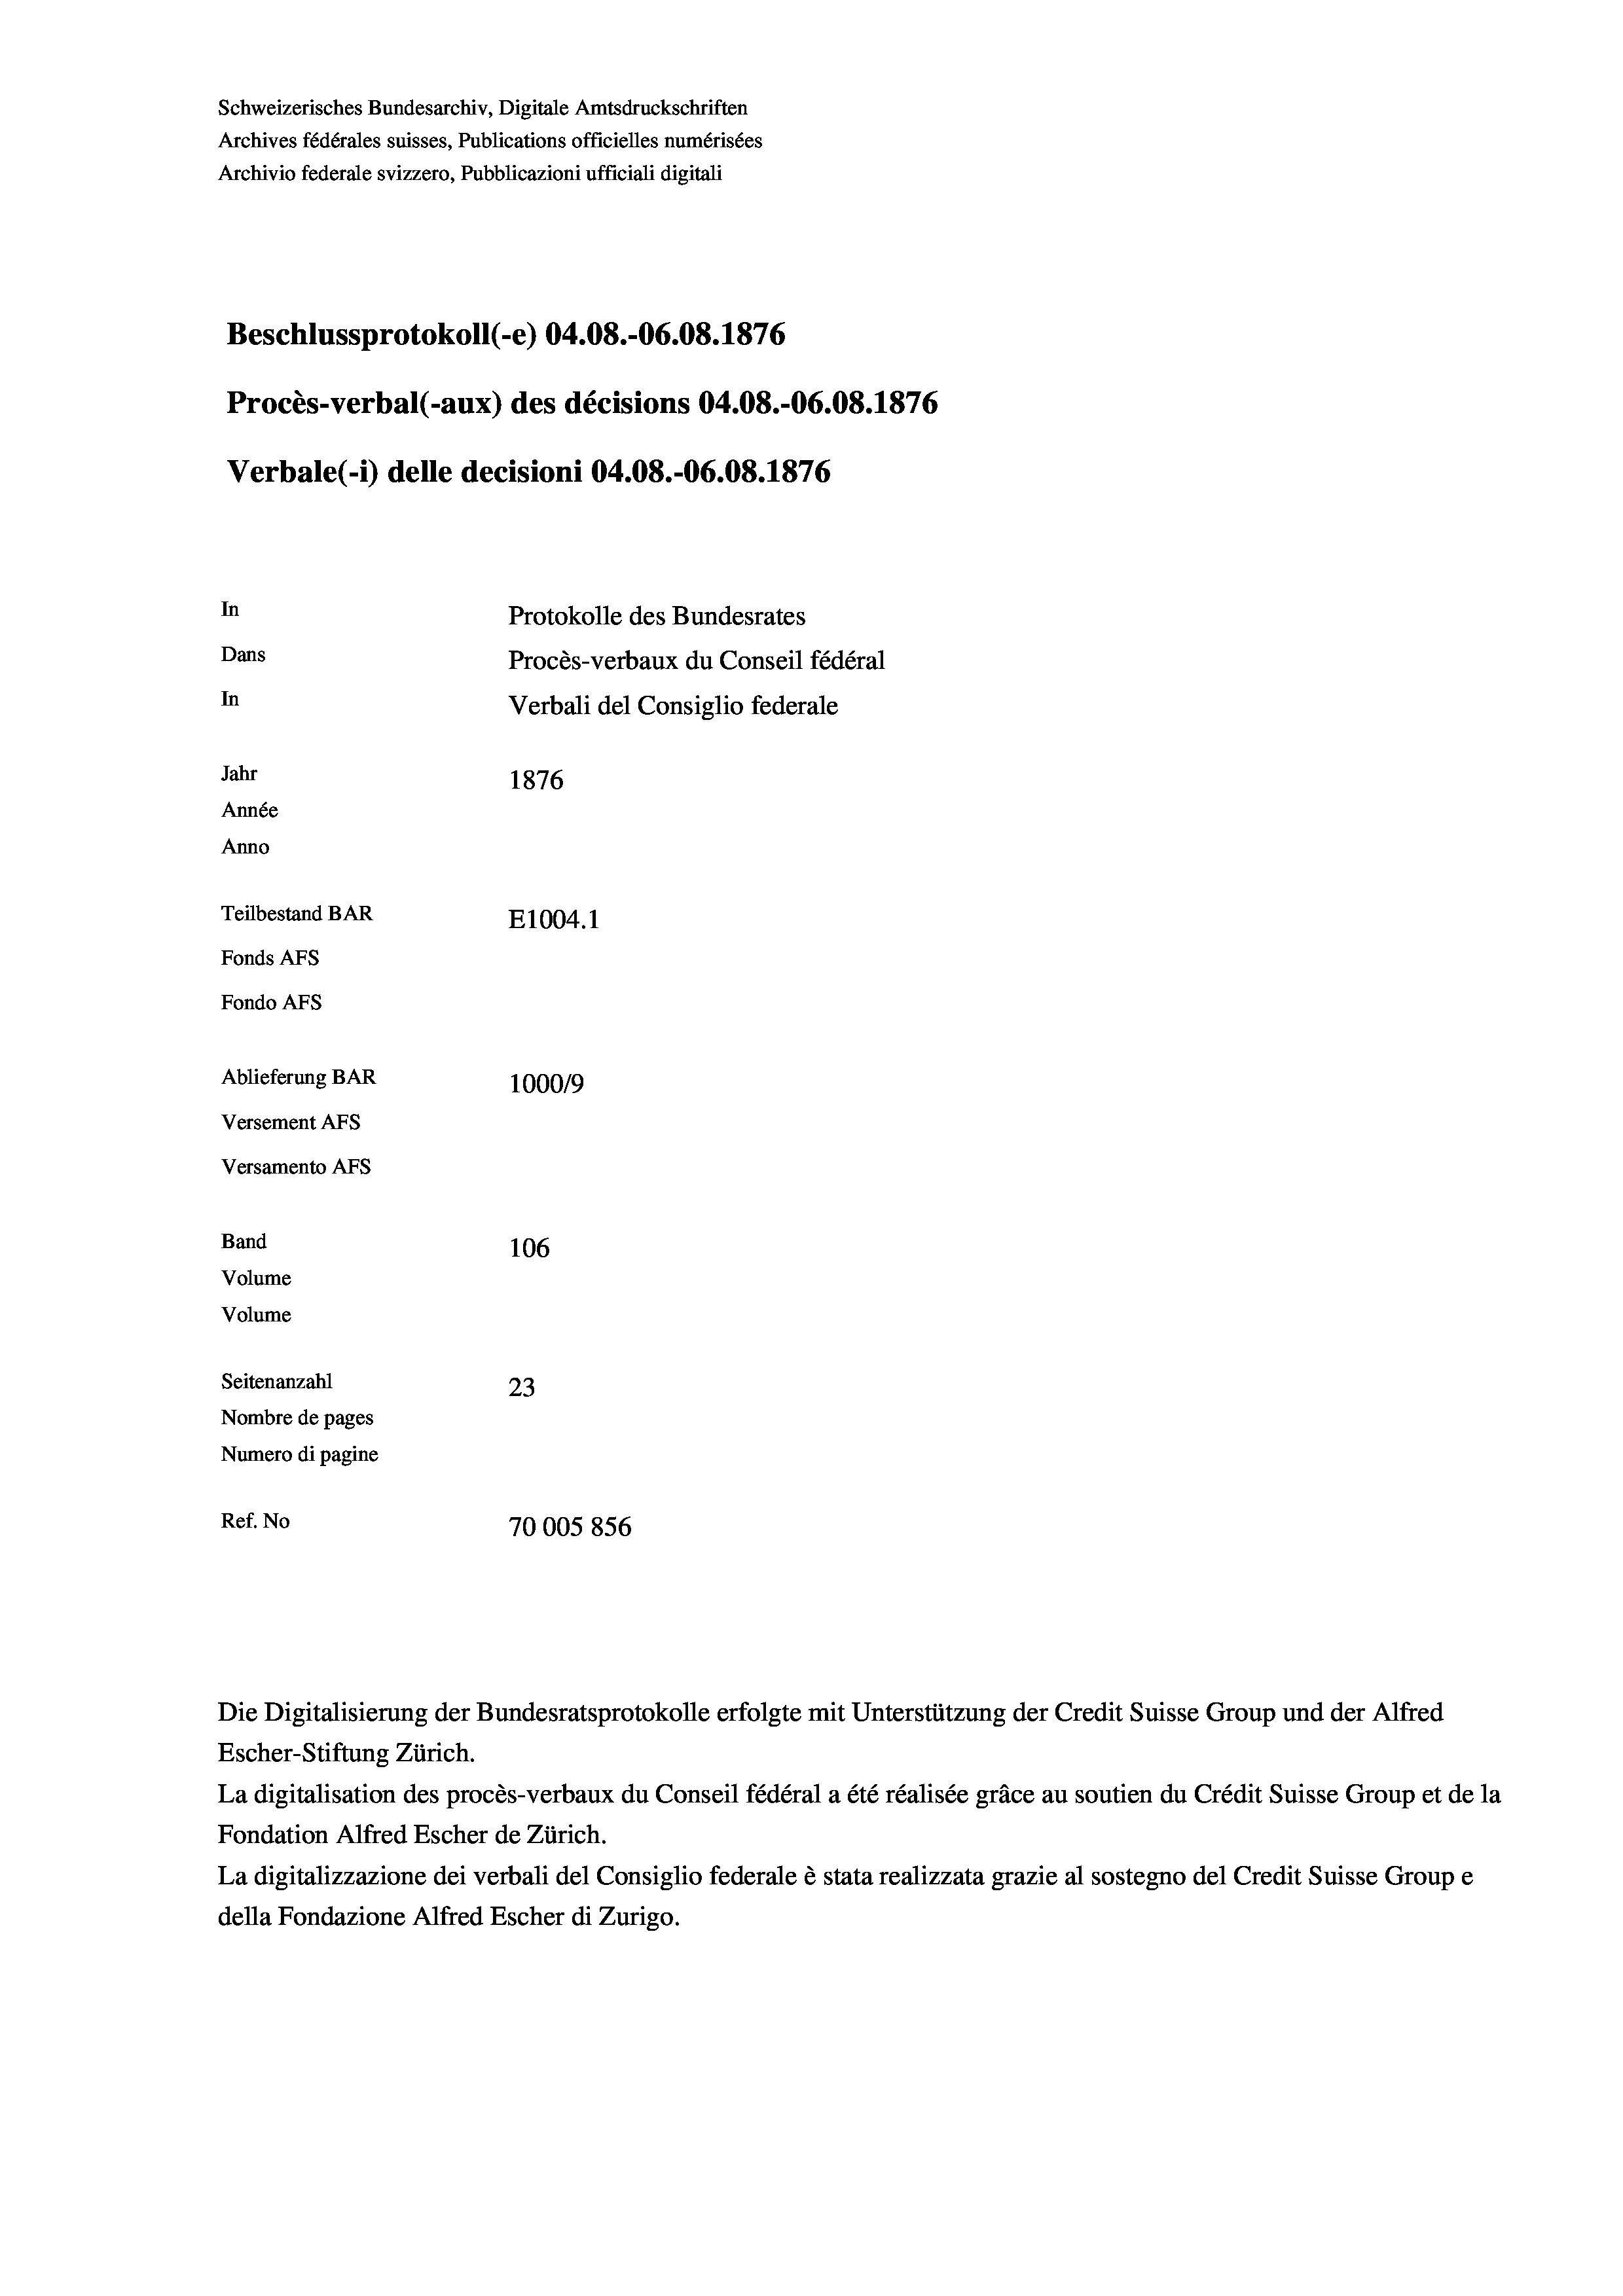
Beschlussprotokoll (-e) 04.08.-06.08. 1876
Procès-verbal (-aux) des décisions 04.08.-06.08. 1876
In
Protokolle des Bundesrates
Dans
Procès-verbaux du Conseil fédéral
In
Verbali del Consiglio federale
Jahr
1876
Année
Anno
Teilbestand BAR
E1004. 1
Fonds AFs
Fondo Afs
Ablieferung BAR
100019
Versement AFs

Versamento AFs
Band
Volume
Volume

Schweizerisches Bundesarchiv, Digitale Amtsdruckschriften
Archives fédérales suisses, Publications officielles numérisées
Archivio federale svizzero, Pubblicazioni ufficiali digitali

Verbale (i) delle decisioni 04.08.-06.08. 1876

106
Seitenanzahl
23
Nombre de pages
Numero di pagine
Ref. No
70005856

Die Digitalisierung der Bundesratsprotokolle erfolgte mit Unterstützung der Credit Suisse Group und der Alfred

Escher-Stiftung Zürich.
La digitalisation des procès-verbaux du Conseil fédéral a été réalisée gräce au soutien du Crédit Suisse Group et de la
Fondation Alfred Escher de Zürich.
La digitalizzazione dei verbali del Consiglio federale è stata realizzata grazie al sostegno del Credit Suisse Groupe
della Fondazione Alfred Escher di Zurigo.